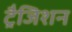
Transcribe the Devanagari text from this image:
ट्रैजिशन